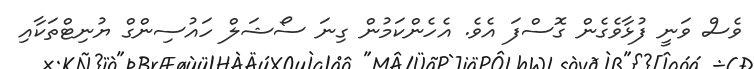
ވެސް ވަނީ ފުޅާވެގެން ގޮސްފަ އެވެ. އެހެންކަމުން ގިނަ ސޯޝަލް ހައުސިންގް ޔުނިޓްތަކާއި